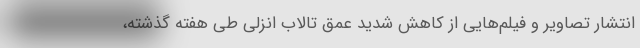
انتشار تصاویر و فیلم‌هایی از کاهش شدید عمق تالاب انزلی طی هفته‌ گذشته،